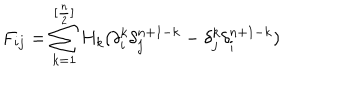
F _ { i j } = \sum _ { k = 1 } ^ { [ \frac { n } { 2 } ] } H _ { k } ( \delta _ { i } ^ { k } \delta _ { j } ^ { n + 1 - k } - \delta _ { j } ^ { k } \delta _ { i } ^ { n + 1 - k } )